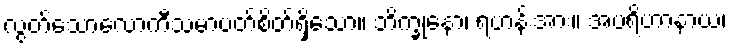
လွတ်သောလောကီသမာပတ်စိတ်ရှိသော။ ဘိက္ခုနော၊ ရဟန်းအား။ အပရိဟာနာယ၊